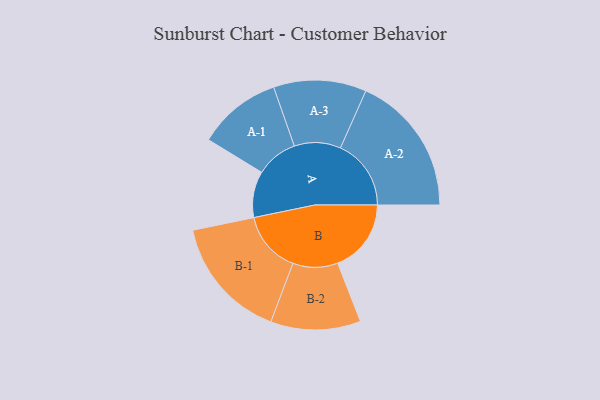
{"axis": {"x": "Segment", "y": "Value"}, "legend": ["", "A", "B"], "data": [{"x": "A", "y": 196, "type": ""}, {"x": "B", "y": 312, "type": ""}, {"x": "A-1", "y": 178, "type": "A"}, {"x": "A-2", "y": 300, "type": "A"}, {"x": "A-3", "y": 197, "type": "A"}, {"x": "B-1", "y": 262, "type": "B"}, {"x": "B-2", "y": 191, "type": "B"}]}